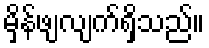
မှိန်ဖျလျက်ရှိသည်။